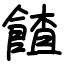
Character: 餷